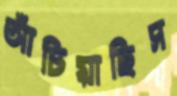
আঁচিয়াছিস